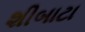
શીબાટા